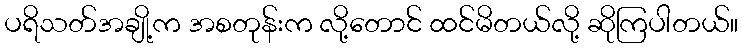
ပရိသတ်အချို့က အစတုန်းက လို့တောင် ထင်မိတယ်လို့ ဆိုကြပါတယ်။